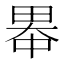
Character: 𪽓